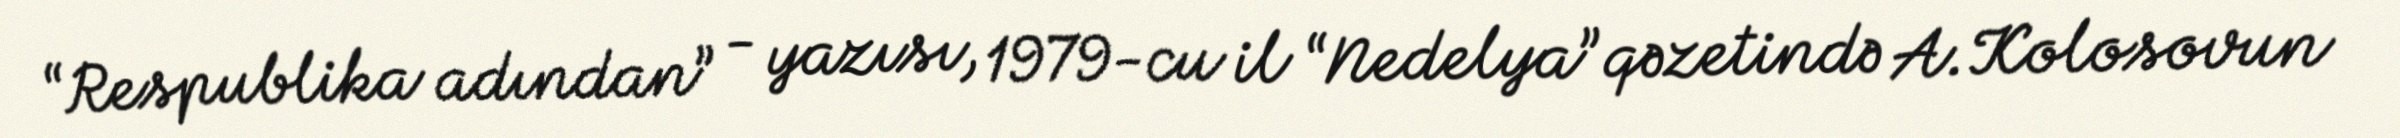
“Respublika adından” - yazısı, 1979-cu il “Nedelya” qəzetində A.Kolosovun